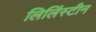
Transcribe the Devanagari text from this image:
लिलिंस्टीन